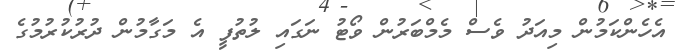
އެހެންކަމުން މިއަދު ވެސް މެމްބަރުން ވޯޓު ނަގައި ލުތުފީ އެ މަގާމުން ދުރުކުުރުމުގެ